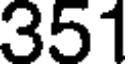
351